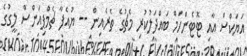
އަޔަކްސް އާއި ޓޮޓެންހަމް ބައްދަލުކުރި މެޗުގެ ތެރެއިިން -- ޔުއެފާ ޗެމްޕިއަންސް ލީގުގެ